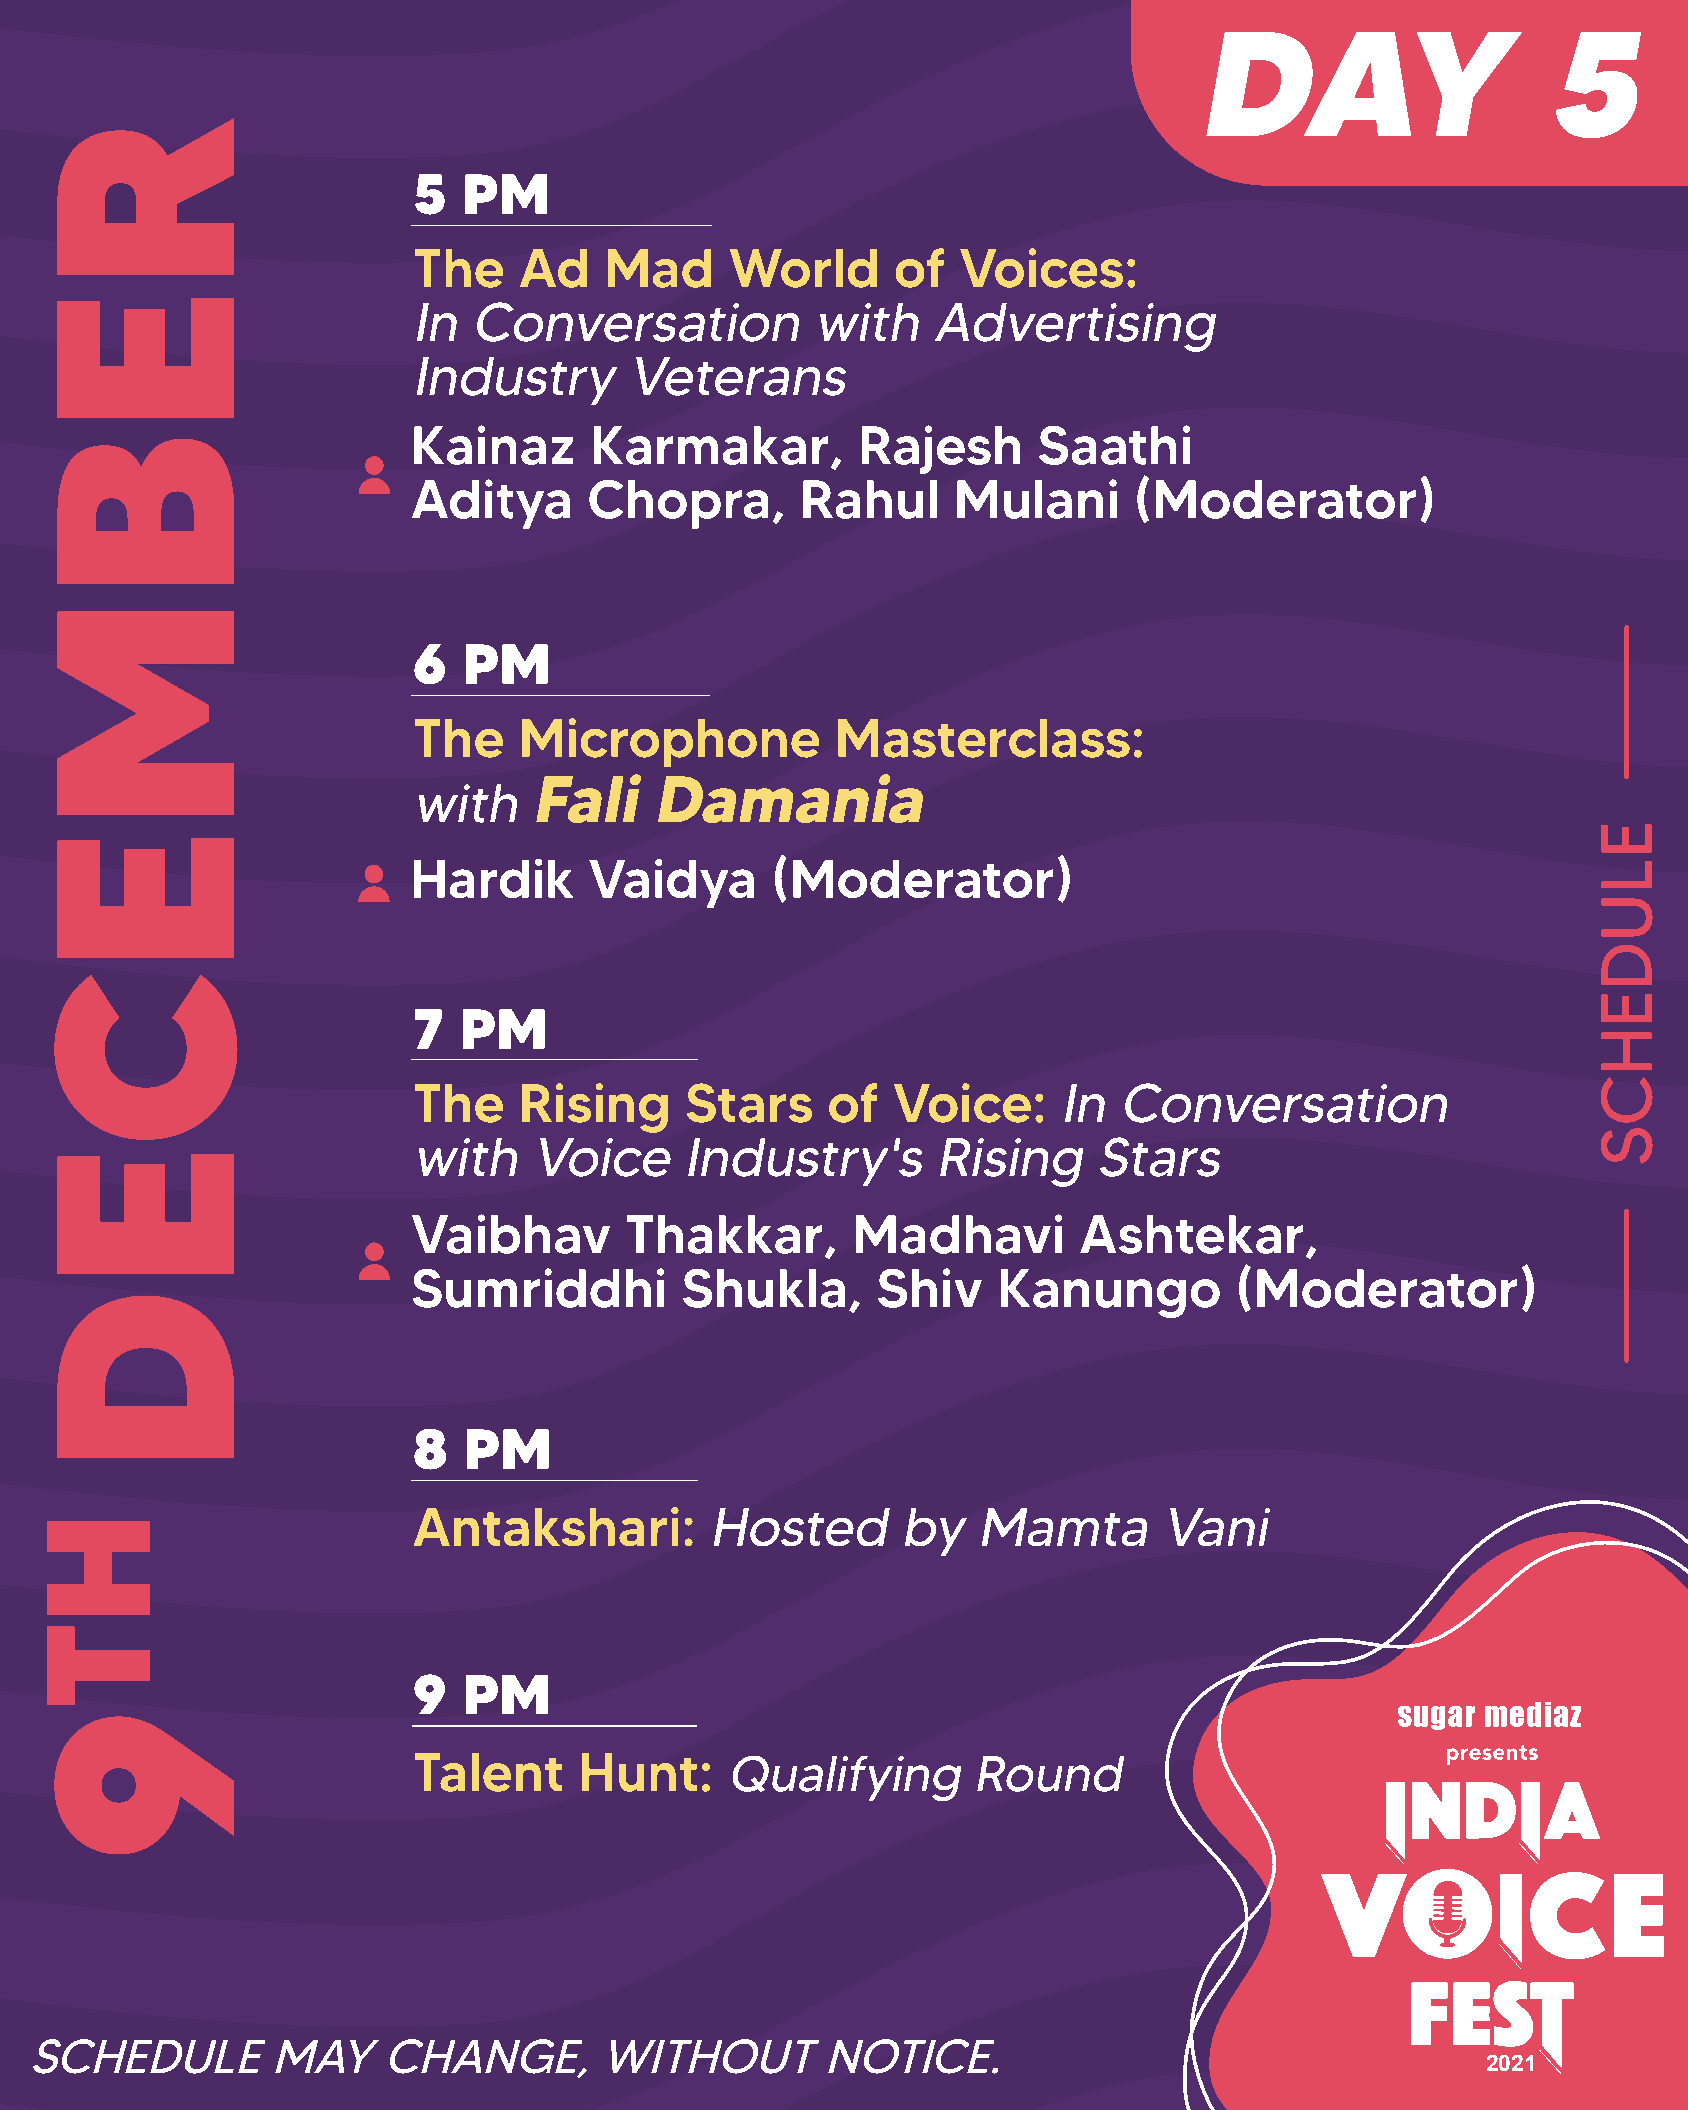
DAY                    5
 5   PM
 The    Ad    Mad     World      of  Voices:
 InConversationwithAdvertising
 IndustryVeterans
 Kainaz      Karmakar,         Rajesh      Saathi
 Aditya      Chopra,       Rahul     Mulani      (Moderator)
 6   PM
 The    Microphone           Masterclass:
 FaliDamania
 with
 Hardik      Vaidya      (Moderator)
 7  PM
 The    Rising     Stars     of  Voice:     InConversation
 withVoiceIndustry'sRisingStars
 Vaibhav       Thakkar,       Madhavi        Ashtekar,
 Sumriddhi         Shukla,      Shiv    Kanungo         (Moderator)
 8   PM
 Antakshari:         HostedbyMamtaVani
 9   PM
 Talent     Hunt:     QualifyingRound
 SCHEDULEMAYCHANGE,WITHOUTNOTICE.
 2021
 REBMECED
 HT9
 ELUDEHCS